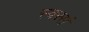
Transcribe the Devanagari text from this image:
स्वरसं